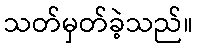
သတ်မှတ်ခဲ့သည်။